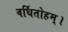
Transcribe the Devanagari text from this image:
वर्धितोहम्।